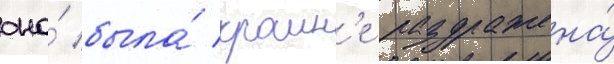
она́ была́ краин'е раздражена́